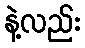
နဲ့လည်း